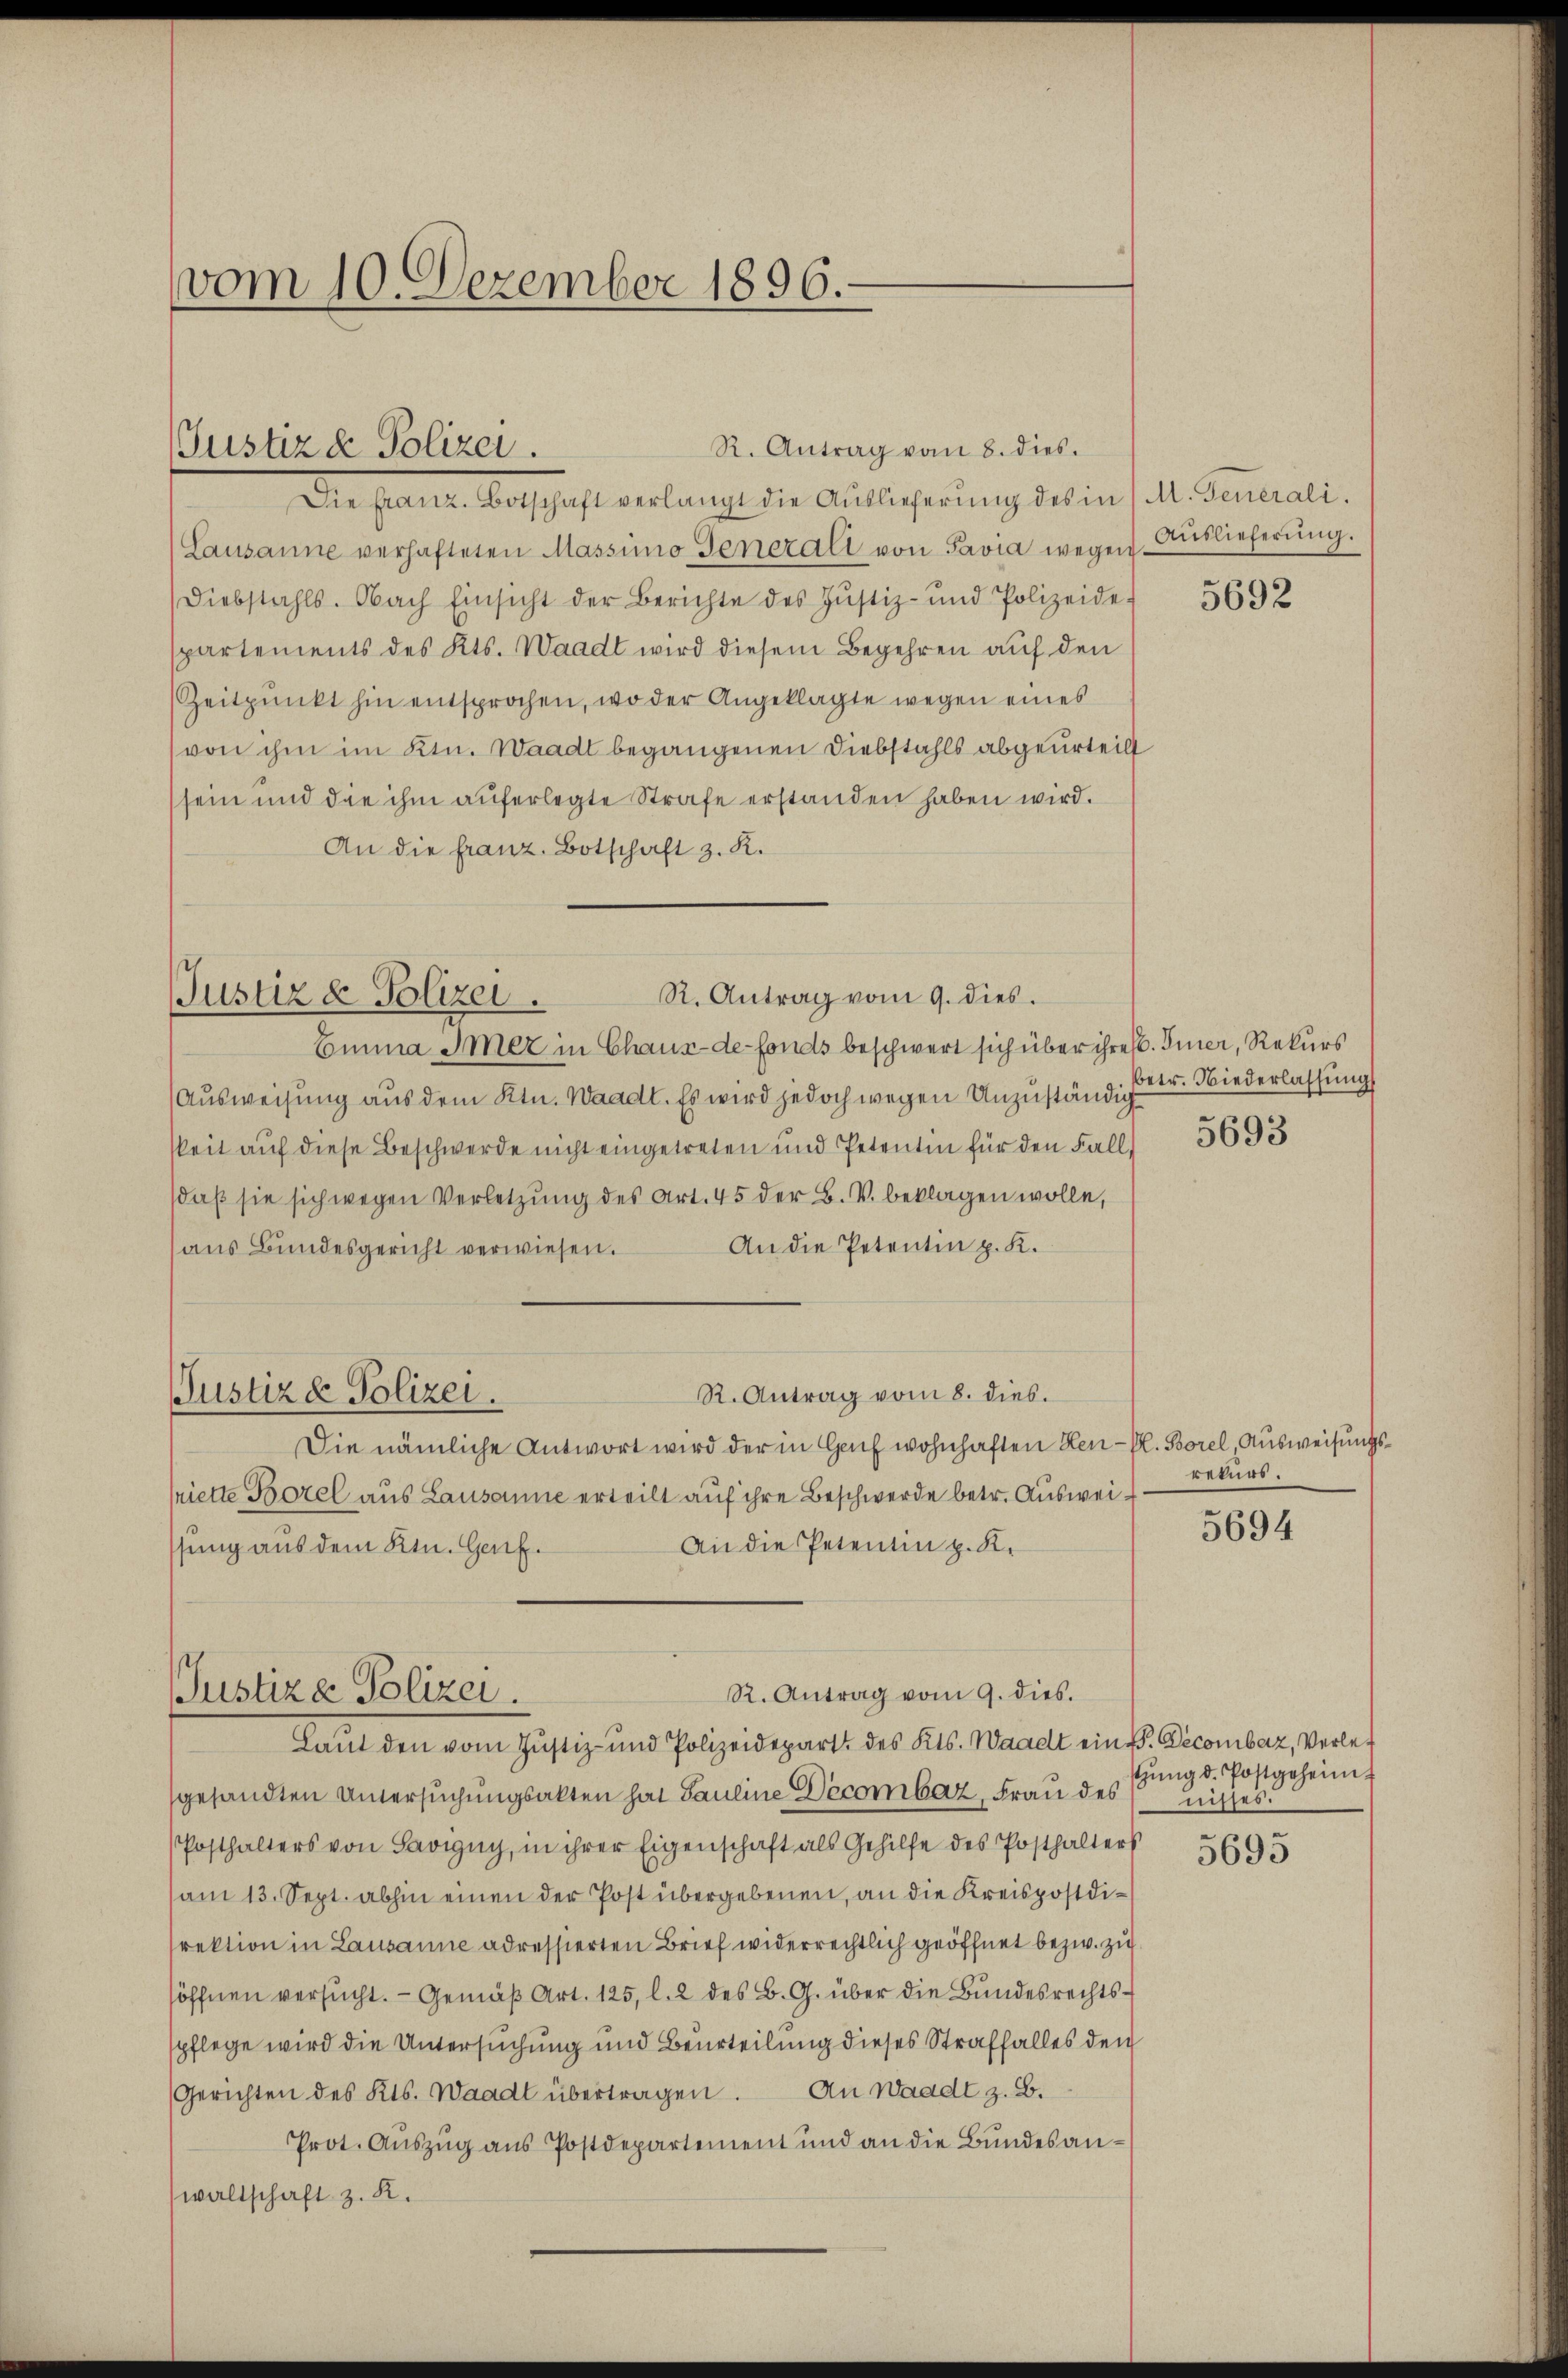
vom 10. Dezember 1896.

(Justiz & Polizei.

R. Antrag vom 8. dies.
Die seine Verschaft verlangt die Auslieferung des in /. M. Generali
Lausanne verhafteten Massimo Generall von Pavia wegen Auslieferung.
Diebstahls. Nach Einsicht der Berichte des Jŭstiz- und Polizeide-
spartements des Kts. Waadt wird diesem Begehren auf den
Zeitpunkt hin entsprochen, wo der Angeklagte wegen eines
(von ihm im Ktn. Waadt begangenen Diebstahls abgeurteilt
sein und die ihm aŭferlegte Strafe erstanden haben wird.
An die franz. Botschaft z. K.

R. Antrag vom 9. dies.
Justiz & Polizei.

Emma Imez in Chaux-de-Fonds beschwert sich über ihres. Eier, Rekurs
Ausweisung aus dem Ktn. Waadt. Es wird jedoch wegen Unzuständig
skeit auf diese Beschwerde nicht eingetreten und Petentin für den Fall,
daß sie sich wegen Verletzung des Art. 45 der B. V. beklagen wolle,
An die Petentin z. K.
aŭs Bŭndesgericht verwiesen.
R. Antrag vom 8. dies.
Justizde Polizei.
Die nämliche Antwort wird der in Haf wohnhaften Hen-Pl. Borel, Ausweisungsriette Borel aus Lausanne erteilt auf ihre Beschwerde betr. Auswei¬
An die Petentin z. K.
ssung aus dem Ktn. Genf.

R. Antrag vom 9. dies.
Justiz & Polizei.

Laŭt den vom Justiz- und Polizeidepart des Kts. Waadt ein V. Decombar, Verlegesandten Untersuchungsakten hat Pauline Decombar, Frau des Zinses.
Posthalters von Savigny, in ihrer Eigenschaft als Gehilfe des Posthalters
(am 13. Sept. abhin einen der Post übergebenen, an die Kreispostdirektion in Lausanne adressierten Brief widerrechtlich geöffnet bezw. zuöffnen versucht. - Gemäβ Art. 125, l. 2 des B. G. über die Bŭndesrechts-
spflege wird die Untersuchung und Beurteilung dieses Straffalles den
Gerichten des Kts. Waadt übertragen. An Waadt z. B.
Prot. Auszug aus Postdepartement und an die Bundesanwaltschaft z. R.

5692

betr. Niederlassung
5693

returs.

5694

stzŭng d. Postgeheim

5695